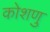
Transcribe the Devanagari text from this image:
कोशणु